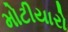
મોટીયારો